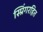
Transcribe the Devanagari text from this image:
स्प्रिंगरहित